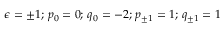
\epsilon = \pm 1 ; \, p _ { 0 } = 0 ; \, q _ { 0 } = - 2 ; \, p _ { \pm 1 } = 1 ; \, q _ { \pm 1 } = 1